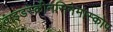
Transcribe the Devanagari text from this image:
वाइडस्क्रीनसिनेमास्कोप